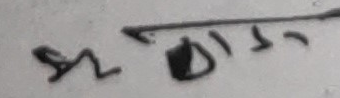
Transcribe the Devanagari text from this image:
रूखिन्दै